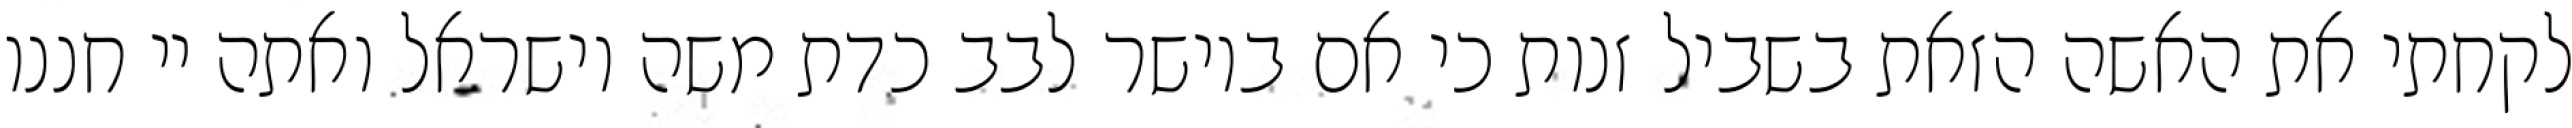
לקחתי את האשה הזאת בשביל זנות כי אם ביושר לבב כדת משה וישראל ואתה יי חננו